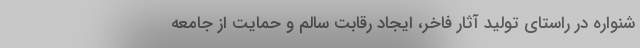
شنواره در راستای تولید آثار فاخر، ایجاد رقابت سالم و حمایت از جامعه